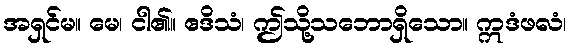
အရှင်မ။ မေ၊ ငါ၏။ ဧဒိသံ၊ ဤသို့သဘောရှိသော။ ဣဒံဖလံ၊